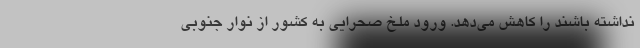
نداشته باشند را کاهش می‌دهد. ورود ملخ صحرایی به کشور از نوار جنوبی